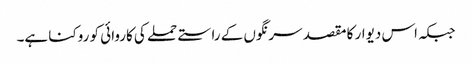
جبکہ اس دیوار کا مقصد سرنگوں کے راستے حملے کی کاروائی کو روکنا ہے۔